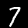
Digit: 7